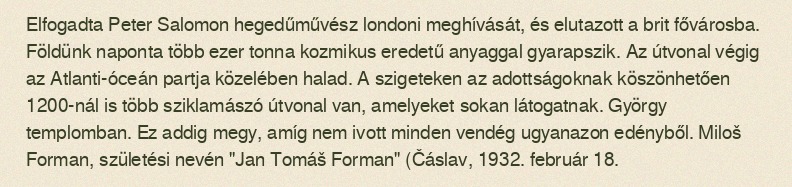
Elfogadta Peter Salomon hegedűművész londoni meghívását, és elutazott a brit fővárosba. Földünk naponta több ezer tonna kozmikus eredetű anyaggal gyarapszik. Az útvonal végig az Atlanti-óceán partja közelében halad. A szigeteken az adottságoknak köszönhetően 1200-nál is több sziklamászó útvonal van, amelyeket sokan látogatnak. György templomban. Ez addig megy, amíg nem ivott minden vendég ugyanazon edényből. Miloš Forman, születési nevén "Jan Tomáš Forman" (Čáslav, 1932. február 18.